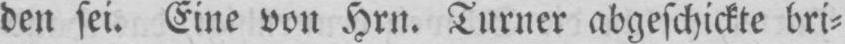
den sei. Eine von Hrn. Turner abgeschickte bri⸗